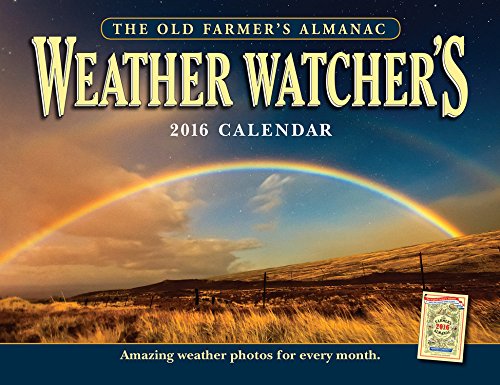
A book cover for The Old Farmer's Almanac 2016 Weather Watcher's Calendar; Old FarmerEEs Almanac; Calendars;